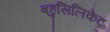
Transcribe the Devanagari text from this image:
बहुसिलिकेट